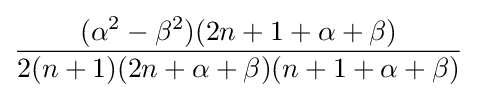
{\frac {({\alpha }^{2}-{\beta }^{2})(2n+1+\alpha +\beta )}{2(n+1)(2n+\alpha +\beta )(n+1+\alpha +\beta )}}